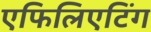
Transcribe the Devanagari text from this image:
एफिलिएटिंग